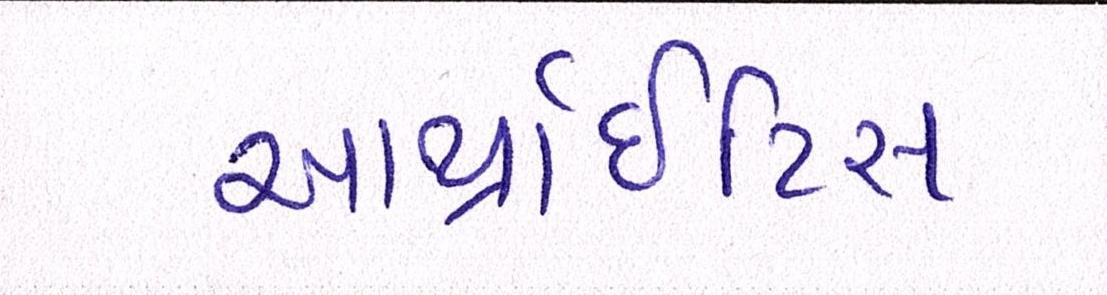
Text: આર્થ્રાઈટિસ